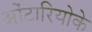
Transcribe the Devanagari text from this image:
ओंटारियोके